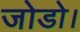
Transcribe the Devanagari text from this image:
जोडो।